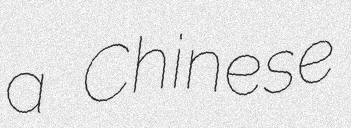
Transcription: a Chinese